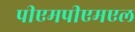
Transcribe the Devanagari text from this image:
पीएमपीएमएल